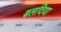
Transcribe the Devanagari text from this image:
बलदिया